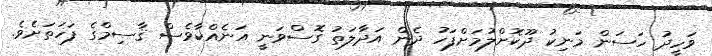
ވަހީދު ހަސަން މަނިކު ދޫކޮށްލުމަށްފަހު ދެން އަދާލަތު ގޮސްވަނީ އަނެއްކާވެސް ޤާސިމްގެ ފަހަތަށެވެ.